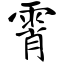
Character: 霄